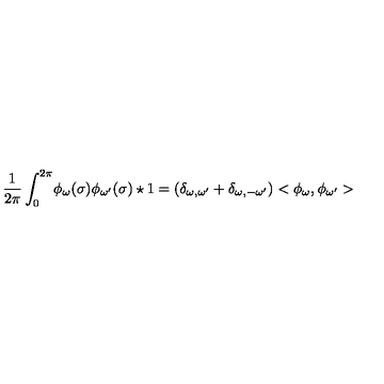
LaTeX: \frac { 1 } { 2 \pi } \int _ { 0 } ^ { 2 \pi } \! \phi _ { \omega } ( \sigma ) \phi _ { \omega ^ { \prime } } ( \sigma ) \star 1 = ( \delta _ { \omega , \omega ^ { \prime } } + \delta _ { \omega , - \omega ^ { \prime } } ) < \phi _ { \omega } , \phi _ { \omega ^ { \prime } } >